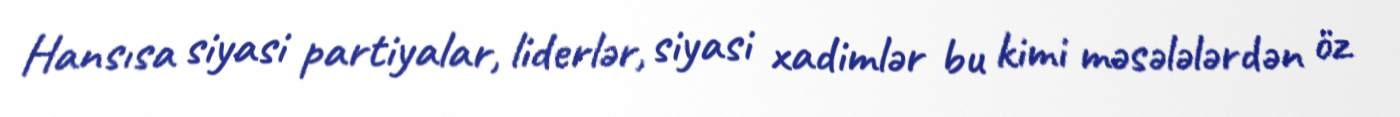
Hansısa siyasi partiyalar, liderlər, siyasi xadimlər bu kimi məsələlərdən öz